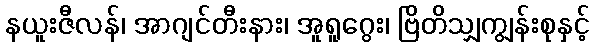
နယူးဇီလန်၊ အာဂျင်တီးနား၊ အူရူဂွေး၊ ဗြိတိသျှကျွန်းစုနှင့်